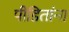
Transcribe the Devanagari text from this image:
पीडितांना